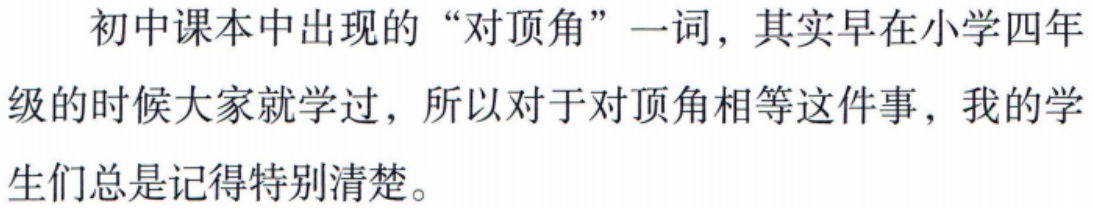
初中课本中出现的“对顶角”一词，其实早在小学四年级的时候大家就学过，所以对于对顶角相等这件事，我的学生们总是记得特别清楚。